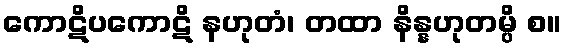
ကောဋိပကောဋိ နဟုတံ၊ တထာ နိန္နဟုတမ္ပိ စ။